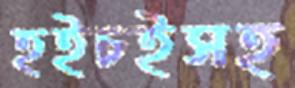
হইচইসহ